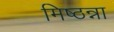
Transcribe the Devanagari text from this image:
मिष्ठन्ना